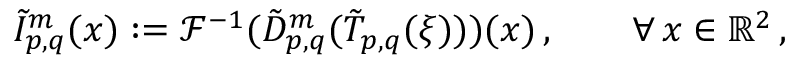
\tilde { I } _ { p , q } ^ { m } ( \boldsymbol { x } ) : = \mathcal { F } ^ { - 1 } ( \tilde { D } _ { p , q } ^ { m } ( \tilde { T } _ { p , q } ( \boldsymbol { \xi } ) ) ) ( \boldsymbol { x } ) \, , \qquad \forall \, \boldsymbol { x } \in \mathbb { R } ^ { 2 } \, ,